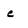
Character: e